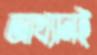
আখ্যানই